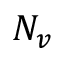
N _ { v }